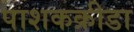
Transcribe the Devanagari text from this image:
पाशकक्रीडा